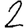
Digit: 2